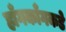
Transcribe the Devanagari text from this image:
हाँगकाँगकडे